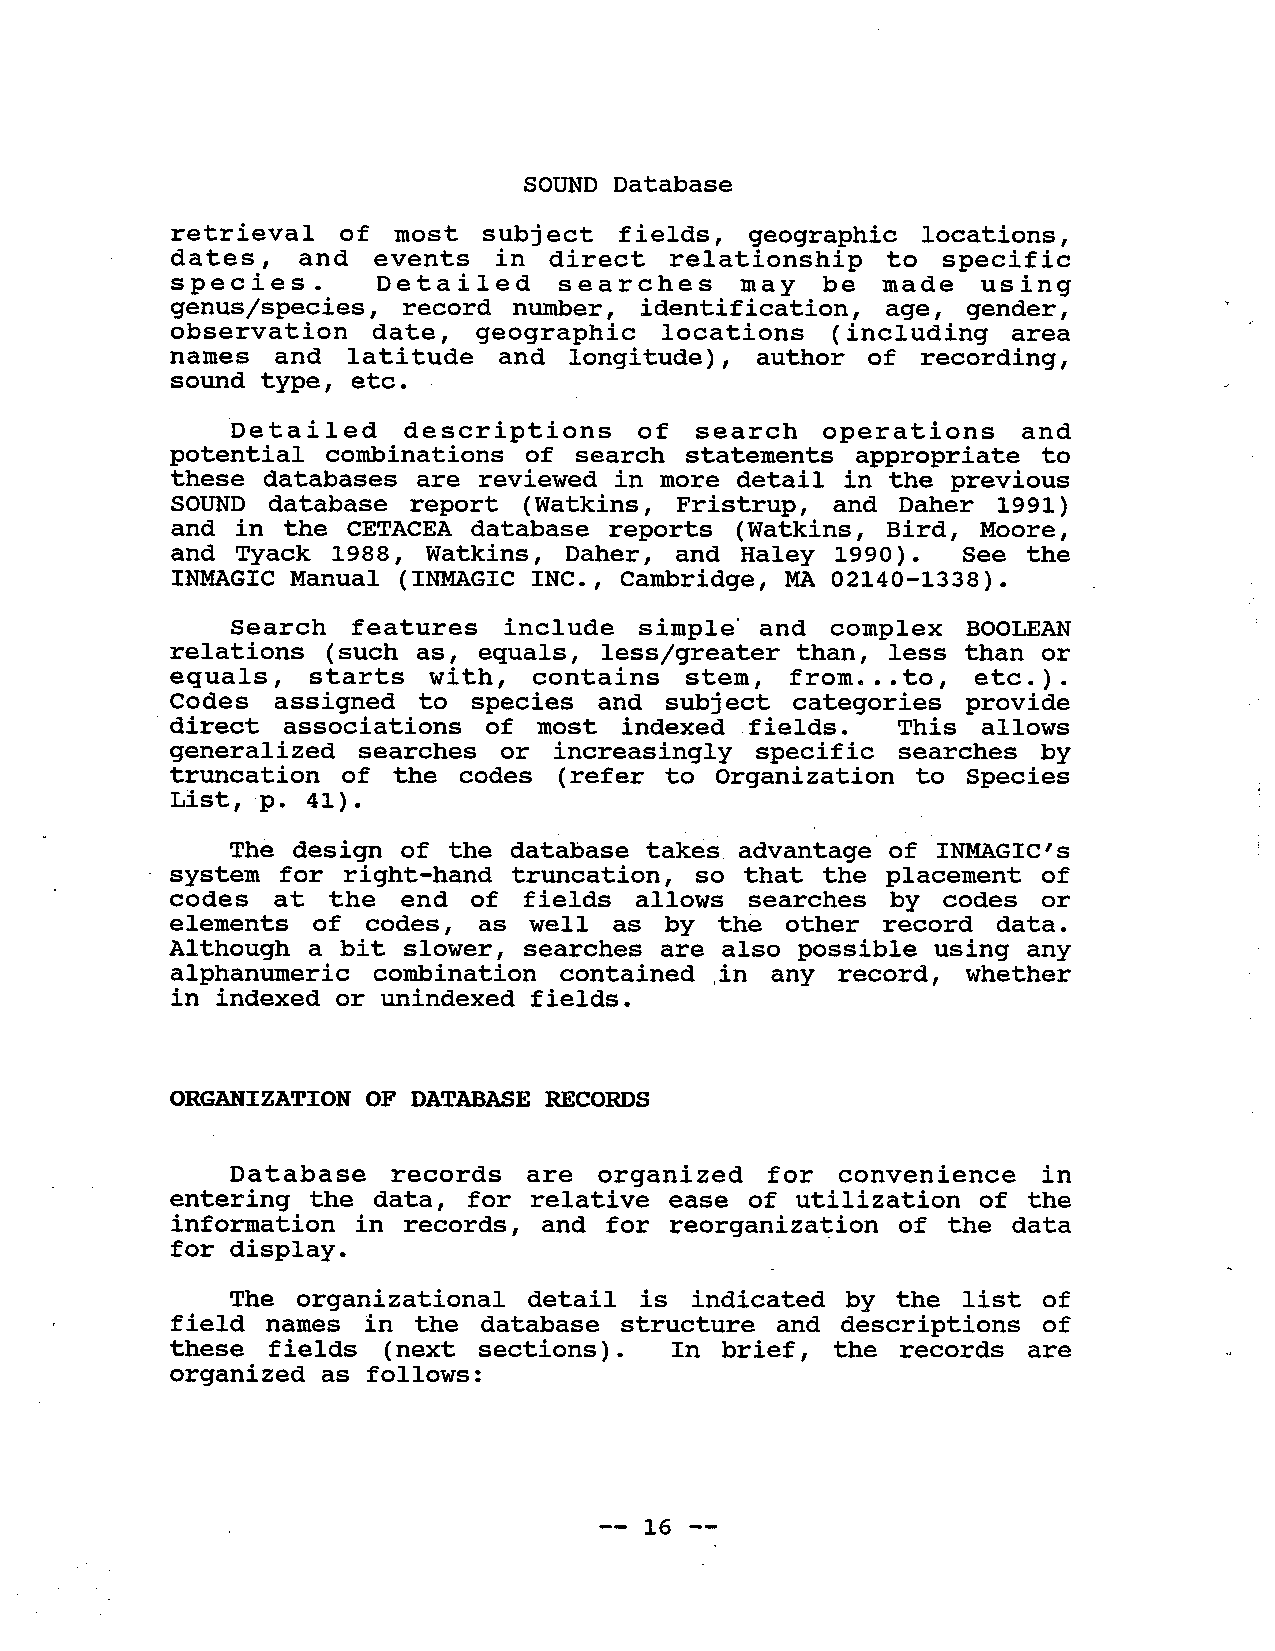
SOUND Database
 retr  ieval of most subj ect fields,  geographic locations,
 dates,   and  events   in direct relationship   to specific
 species.     Detailed    searches    may  be  made   using
 genus/species,  record numer,  identification, age, gender,
 observation   date, geographic  locations  (including  area
 names   and  latitude and longitude), author  of recording,
 sound type, etc.
 betailed   descriptions    of search   operations   and
 potential  combinations of search statements appropriate  to
 these databases are reviewed  in more detail in the previous
 SOUND  database report (Watkins,  Fristrup, and Daher 1991)
 and in  the CETACEA database reports (Watkins, Bird, Moore,
 and  Tyack 1988, Watkins,  Daher, and  Haley 1990). See  the
 INMGIC   Manual (INMGIC  INC., Cambridge, MA 02140-1338).
 Search  features  include simple'  and  complex BOOLEAN
 relations (such as, equals,  less/greater than, less than or
 equals,   starts with,  contains   stem,  from...to,  etc.).
 Codes   assigned to species and  subj ect categories provide
 direct  associations  of most  indexed fields.  This allows
 generalized  searches or increasingly  specific searches  by
 truncation  of the codes (refer  to Organization to  Species
 List,p.  41).
 The design of the database takes, advantage of INMGIC i s
 system for  right-hand truncation, so that the  placement of
 codes  at the  end of fields  allows  searches  by codes  or
 elements  of codes,  as well as  by the other  record data.
 Al though a bit slower, searches are also possible using any
 alphanumeric  combination contained ,in any record,  whether
 in indexed or unindexed fields.
 ORGAIZATION  OF DATABASE RECORDS
 Database  records   are organized  for  convenience   in
 entering  the data, for relative ease of utilization  of the
 information  in records, and for reorganization  of the data
 for display.
 The organizational  detail  is indicated by the  list of
 field  names in the database  structure and descriptions  of
 these  fields (next  sections).  In brief,  the records  are
 organized  as follows:
 -- 16